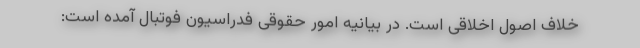
خلاف اصول اخلاقی است. در بیانیه امور حقوقی فدراسیون فوتبال آمده است: